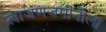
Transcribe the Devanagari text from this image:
खाजणजमीनीला